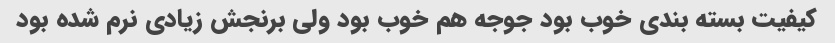
کیفیت بسته بندی خوب بود جوجه هم خوب بود ولی برنجش زیادی نرم شده بود